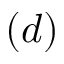
( d )